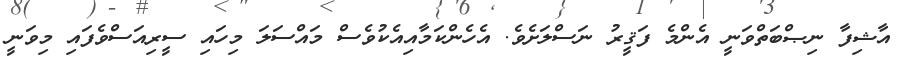
އާޝިފާ ނިޞްބަތްވަނީ އެންމެ ފަޤީރު ނަސްލަށެވެ. އެހެންކަމާއިއެކުވެސް މައްސަލަ މިހައި ސީރިއަސްވެފައި މިވަނީ